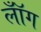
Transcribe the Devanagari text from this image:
लॉँग